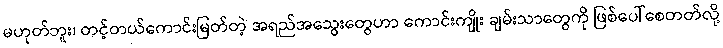
မဟုတ်ဘူး၊ တင့်တယ်ကောင်းမြတ်တဲ့ အရည်အသွေးတွေဟာ ကောင်းကျိုး ချမ်းသာတွေကို ဖြစ်ပေါ်စေတတ်လို့